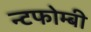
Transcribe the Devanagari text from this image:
न्टफोम्बी